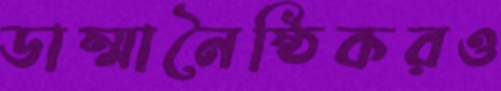
ডাম্মানৈষ্ঠিকরও